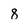
Character: 8